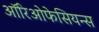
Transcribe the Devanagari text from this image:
ऑरिओफेसियन्स